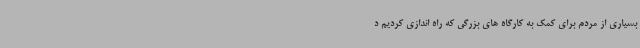
بسیاری از مردم برای کمک به کارگاه های بزرگی که راه اندازی کردیم د